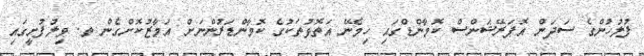
ފުލުހުންގެ ސަދަން އޮޕަރޭޝަންސް ކޮމާންޑްގައި ހިމެނޭ އަތޮޅުތަކުގެ ކޮމާންޑަރުންނަށް އަމާޒުކޮށްގެން ތ. ވިލުފުށީގައި